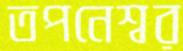
তপনেশ্বর